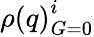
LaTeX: {\rho(q)}_{G=0}^{i}